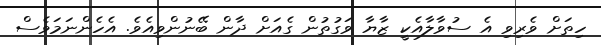
ހިތަށް ވެރިވި އެ ސުވާލާއެކީ ޒާޔާ ވަގުތުން ގެއަށް ދާން ބޭނުންވިއެވެ. އެހެންނަމަވެސް